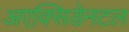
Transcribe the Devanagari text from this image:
अएक्सिडेनटल